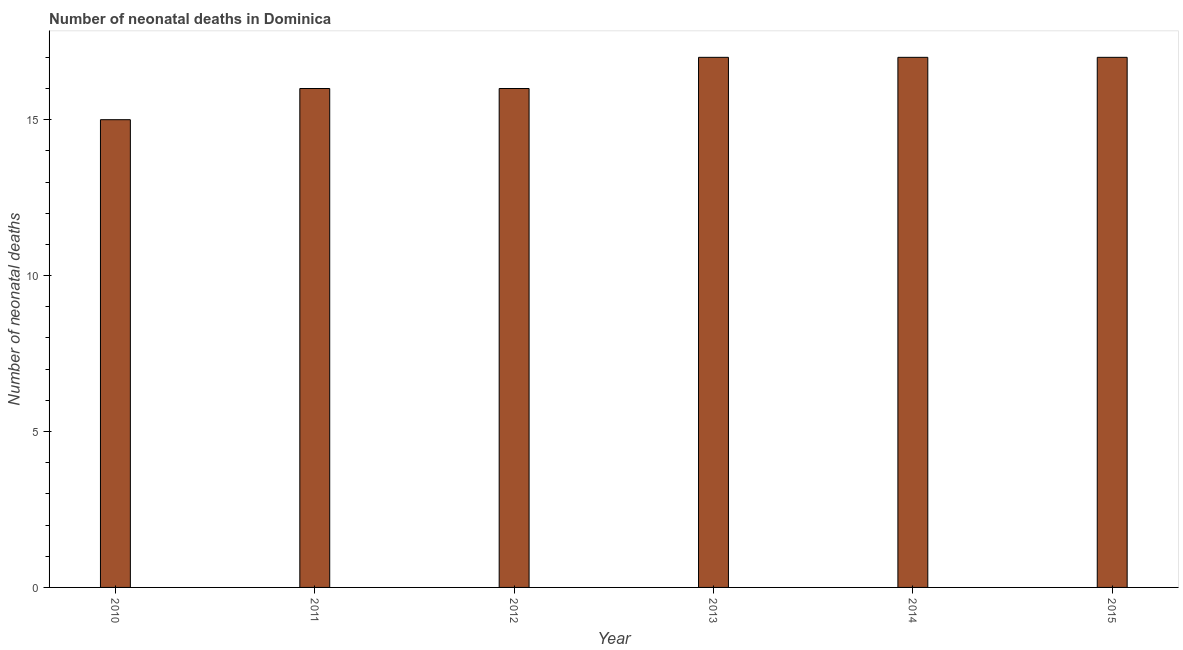
| Year | Neonatal deaths |
 | --- | --- |
 | 2010 | 15 |
 | 2011 | 16 |
 | 2012 | 16 |
 | 2013 | 17 |
 | 2014 | 17 |
 | 2015 | 17 |